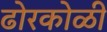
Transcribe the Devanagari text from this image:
ढोरकोळी